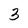
Character: 3